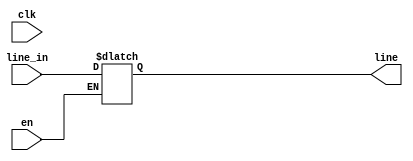
module read_from_file (clk, en, line_in, line);

    // input string input_file_name;
    input [24:0] line_in;
    input clk;
    input en;
    output reg [24:0] line;
	
	always@(en, clk) begin
		if (en) begin
			line <= line_in;
		end
	end

endmodule